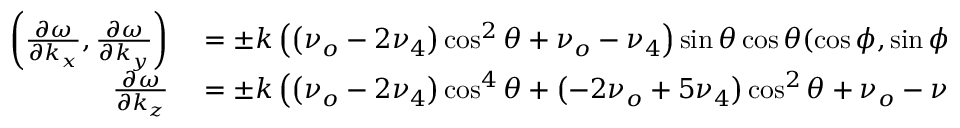
\begin{array} { r l } { \left( \frac { \partial \omega } { \partial k _ { x } } , \frac { \partial \omega } { \partial k _ { y } } \right) } & { { } = \pm k \left( \left( \nu _ { o } - 2 \nu _ { 4 } \right) \cos ^ { 2 } \theta + \nu _ { o } - \nu _ { 4 } \right) \sin \theta \cos \theta ( \cos \phi , \sin \phi ) , } \\ { \frac { \partial \omega } { \partial k _ { z } } } & { { } = \pm k \left( \left( \nu _ { o } - 2 \nu _ { 4 } \right) \cos ^ { 4 } \theta + \left( - 2 \nu _ { o } + 5 \nu _ { 4 } \right) \cos ^ { 2 } \theta + \nu _ { o } - \nu _ { 4 } \right) , } \end{array}